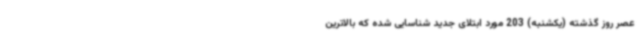
عصر روز گذشته (یکشنبه) 203 مورد ابتلای جدید شناسایی شده که بالاترین